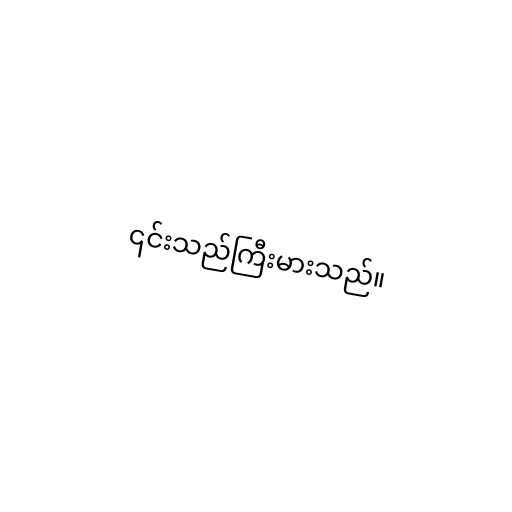
၎င်းသည်ကြီးမားသည်။